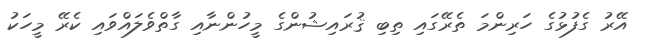
އޭރު ގެފުޅުގެ ހަރިންމަ ތެރޭގައި ތިބި ޤުރައިޝުންގެ މީހުންނާއި ގާތްވެލައްވައި ކެރޭ މީހަކު